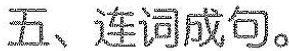
五、连词成句。